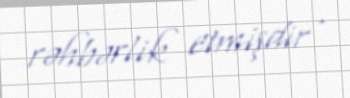
rəhbərlik etmişdir .